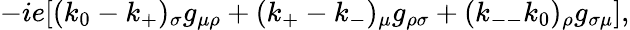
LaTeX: \displaystyle-ie[(k_{0}-k_{+})_{\sigma}g_{\mu\rho}+(k_{+}-k_{-})_{\mu}g_{\rho\sigma}+(k_{--}k_{0})_{\rho}g_{\sigma\mu}],